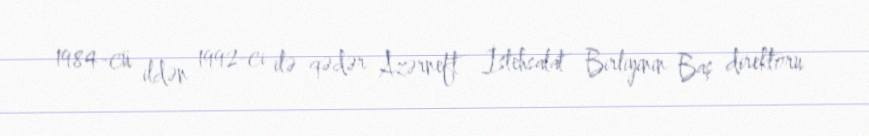
1984-cü ildən 1992-ci ilə qədər Azərneft İstehsalat Birliyinin Baş direktoru